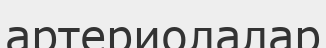
артериолалар